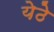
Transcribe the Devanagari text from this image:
येठे